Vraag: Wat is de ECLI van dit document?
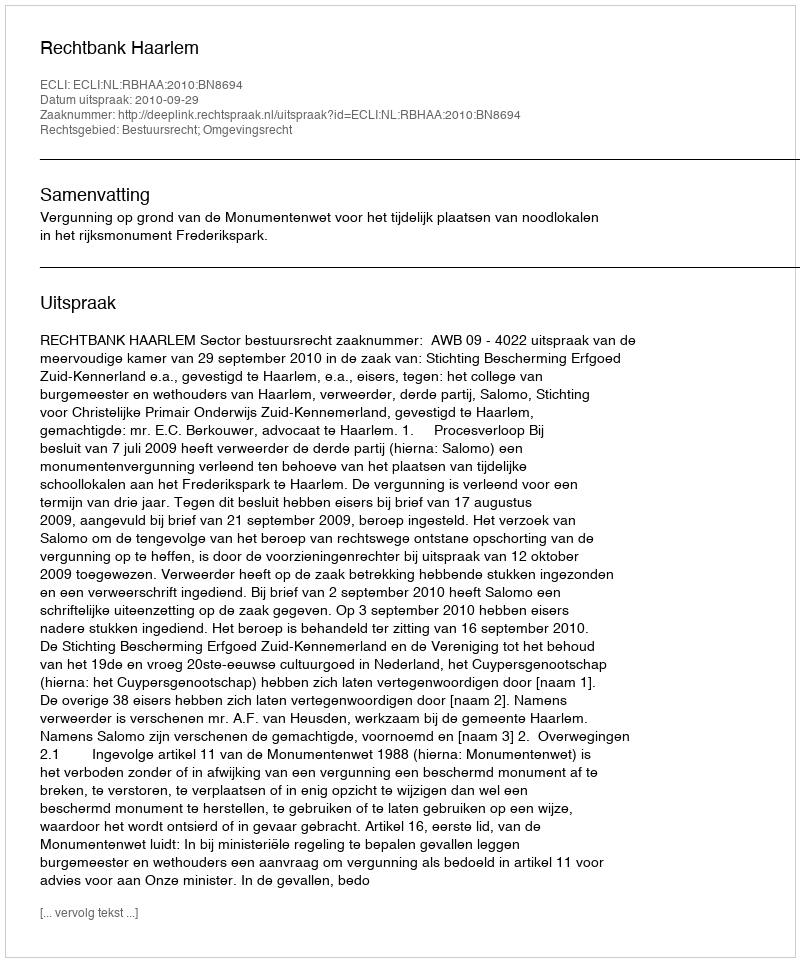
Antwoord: ECLI:NL:RBHAA:2010:BN8694